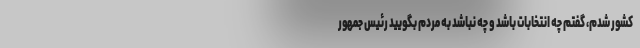
کشور شدم، گفتم چه انتخابات باشد و چه نباشد به مردم بگویید رئیس جمهور